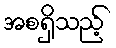
အစရှိသည့်